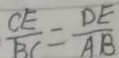
\frac { C E } { B C } = \frac { D E } { A B }